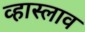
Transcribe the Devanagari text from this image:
व्हास्लाव